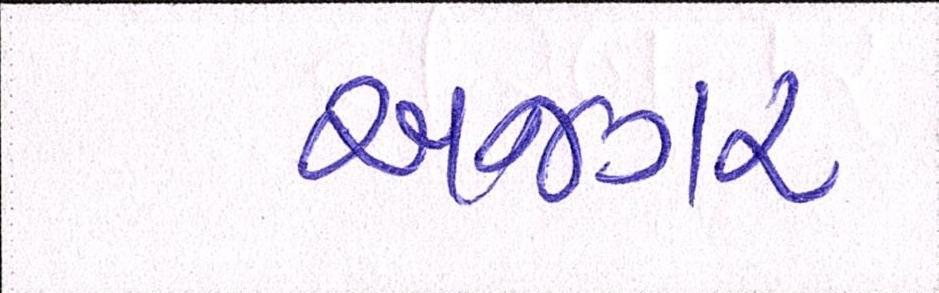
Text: અજગર